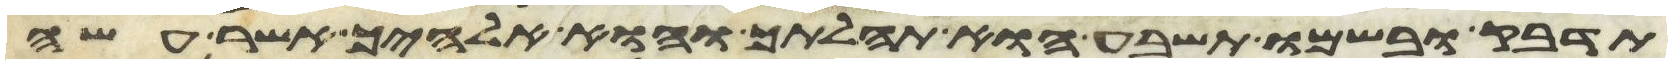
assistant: תדבק ובשמו תשבע הוא תהלתך והוא אלהיך אשר עשה